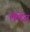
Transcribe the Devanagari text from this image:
लेवेज